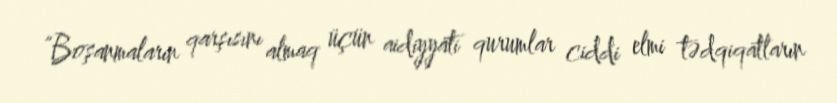
“Boşanmaların qarşısını almaq üçün aidiyyati qurumlar ciddi elmi tədqiqatların